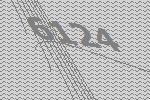
6124